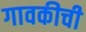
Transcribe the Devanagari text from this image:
गावकीची